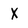
Character: X